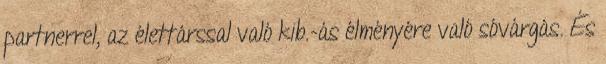
partnerrel, az élettárssal való kib.-ás élményére való sóvárgás. És